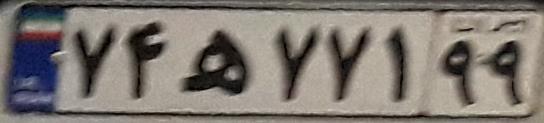
۷۴ه۷۷۱۹۹